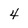
Character: 4